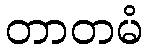
တာတမံ